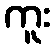
ကူး